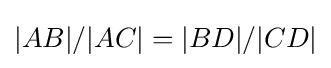
|AB|/|AC|=|BD|/|CD|